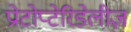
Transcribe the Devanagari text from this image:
प्रोटोप्टेरिडेलीज़